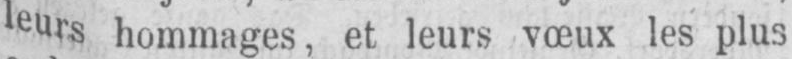
leurs hommages, et leurs vœux les plus